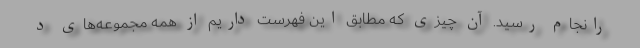
رانجام رسید. آن چیزی که مطابق این فهرست داریم از همه مجموعه‌های د